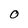
Character: O